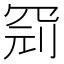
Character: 𱺼